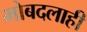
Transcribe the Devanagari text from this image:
मोबदलाही